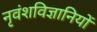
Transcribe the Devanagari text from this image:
नृवंशविज्ञानियों